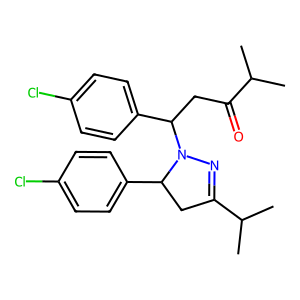
SMILES: CC(C)C(=O)CC(c1ccc(Cl)cc1)N1N=C(C(C)C)CC1c1ccc(Cl)cc1
Inhibits HIV replication: No